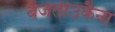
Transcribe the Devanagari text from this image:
बैजंतीउकैना